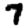
Digit: 7